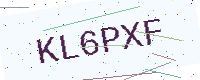
Text: KL6PXF